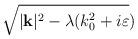
LaTeX: \begin{align*}\sqrt{|\mathbf{k}|^{2}-\lambda (k_{0}^{2}+i\varepsilon })\end{align*}